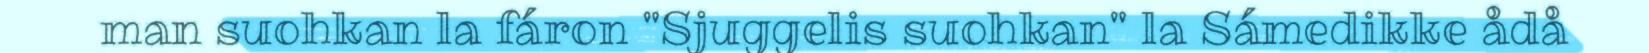
man suohkan la fáron "Sjuggelis suohkan" la Sámedikke ådå